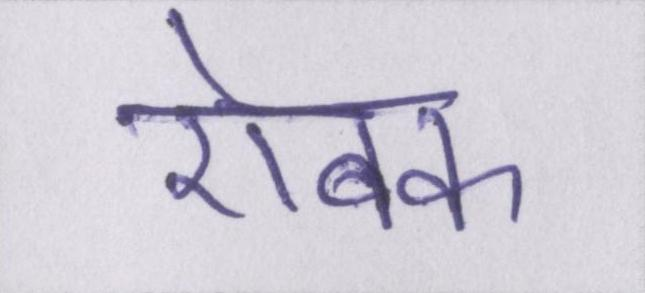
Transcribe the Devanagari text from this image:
ऐबक